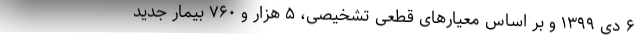
۶ دی ۱۳۹۹ و بر اساس معیارهای قطعی تشخیصی، ۵ هزار و ۷۶۰ بیمار جدید